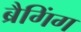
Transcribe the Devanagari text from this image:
ब्रैगिंग